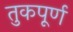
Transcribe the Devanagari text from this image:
तुकपूर्ण